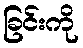
ခြင်းကို